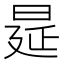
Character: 𭦋